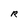
Character: R